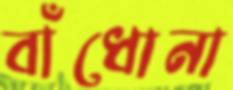
বাঁধোনা